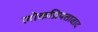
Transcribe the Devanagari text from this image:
लोकप्रियतावाद